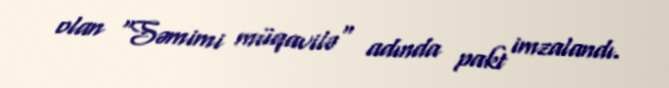
olan "Səmimi müqavilə" adında pakt imzalandı.